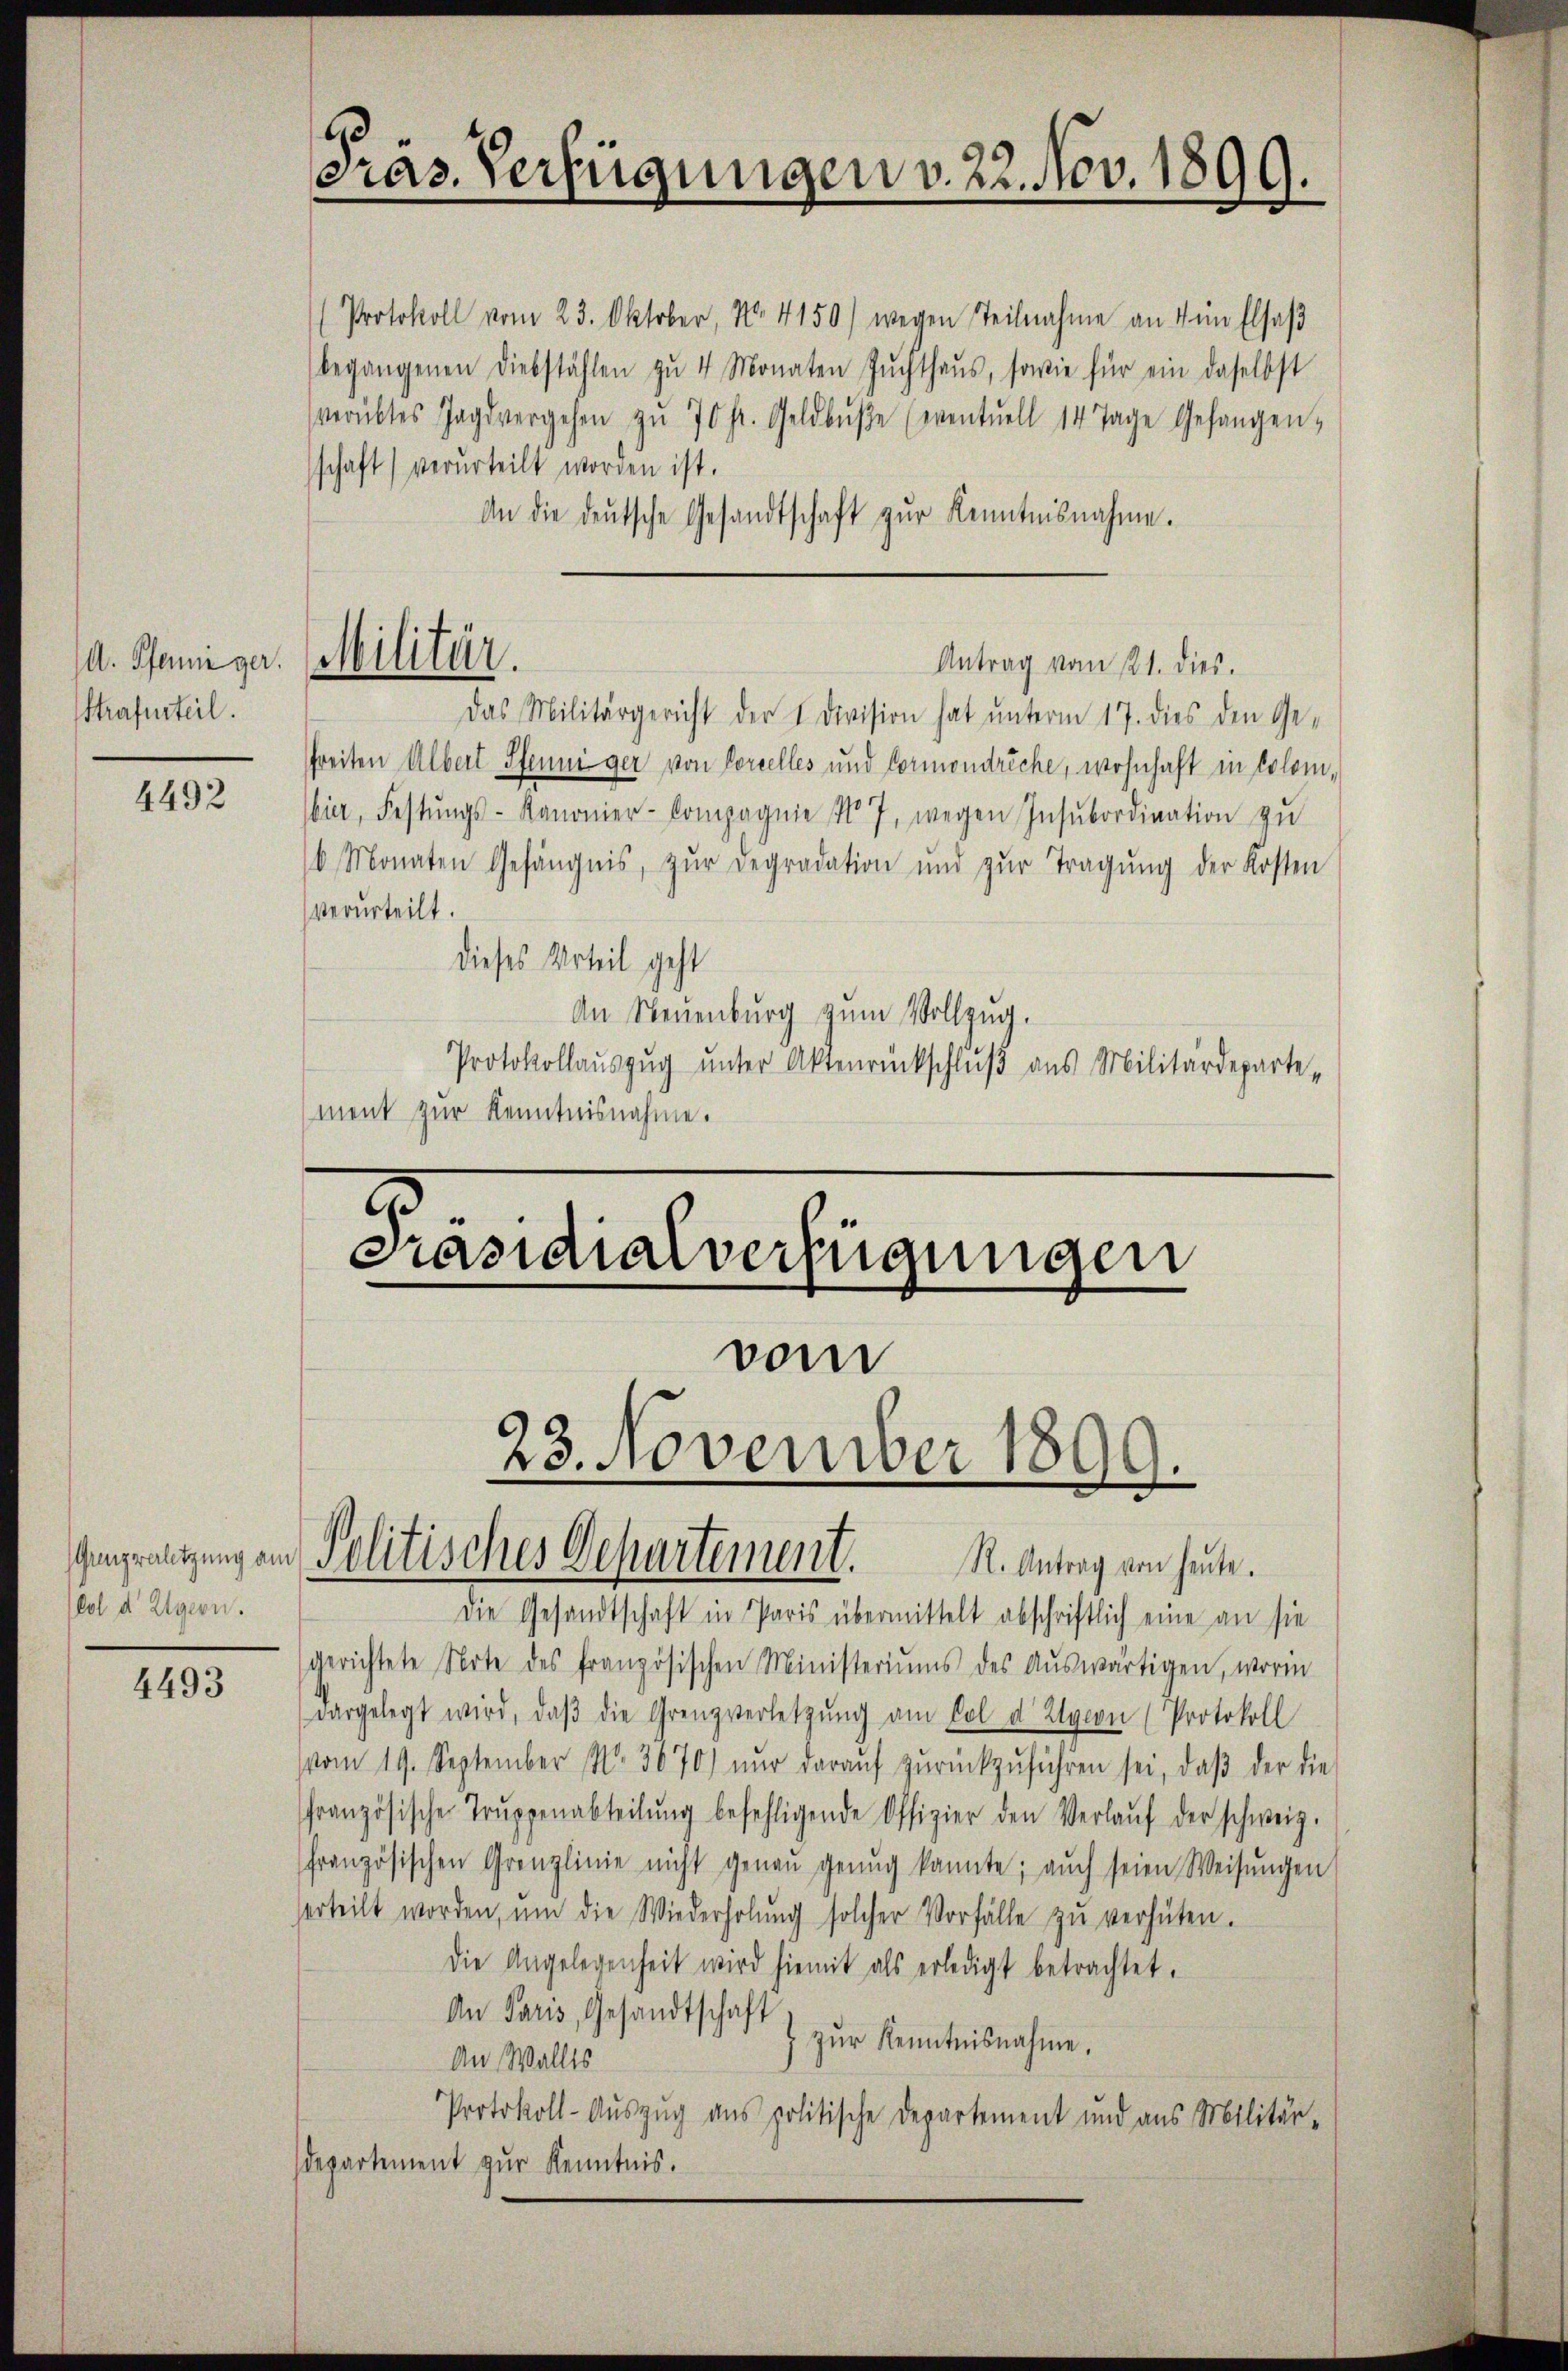
. Pfanie ge. Militär.
Strafurteil.

4492

lol d Egern.

4493

cras. Verfügungen v. 22. Nov. 1899.

(Protokoll vom 23. Oktober, No. 4150) wegen Teilnahme an 4 im Elsaβ
begangenen Diebstählen zŭ 4 Monaten Zŭchthaŭs, sowie für ein daselbst
verübtes Jagd vergehen zu 70 fr. Geldbŭβe (eventuell 14 Tage Gefangen,
schaft) verurteilt worden ist.
An die deŭtsche Gesandtschaft zŭr Kenntnisnahme.

Das Militärgericht der 1. Division hat unterm 17. dies den Ge-
sfreiten Albert Pfenniger von Lorzelles und Cormondreche, wohnhaft in Colombier, Festŭngs-Kanonier-Compagnie No 7, wegen Insubordination zŭ
b. Monaten Gefängnis, zŭr degradation und zŭr Tragŭng der Kosten
verurteilt.
dieses Urteil geht
An Neuenburg zum Vollzug.
Protokollauszug unter Aktenrückschluß aus Militärdepartement zur Kenntnisnahme.

vom

Antrag vom 121. dies.

Präsidialverfügungen
23. November 1899.
mpratzung am Politisches Departement. R. Antrag von heute.

Die Gesandtschaft in Paris übermittelt abschriftlich eine an sie
gerichtete Note des französischen Ministeriums des Auswärtigen, worin
dargelegt wird, daβ die Grenzverletzung am Col d Agion (Protokoll
vom 19. September No. 3670) nŭr daraŭf zŭrückzŭführen sei, daβ der die
französische Trŭppenabteilŭng befehligende Offizier den Verlaŭf der schweiz.
französischen Grenzlinie nicht genaŭ genug kannte; aŭch seien Weisŭngen
erteilt worden, ŭm die Wiederholŭng solcher Vorfälle zŭ verhüten.
Die Angelegenheit wird hiemit als erledigt betrachtet.
An Paris, Gesandtschaft
 zŭr Kenntnisnahme.
An Wallis
Protokoll-Auszug aus politische Departement und aus Militär-
departement zur Kenntnis.